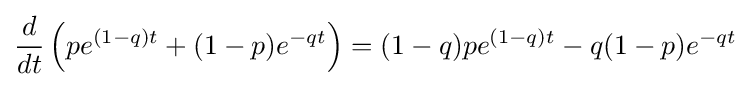
{\frac {d}{dt}}\left(pe^{(1-q)t}+(1-p)e^{-qt}\right)=(1-q)pe^{(1-q)t}-q(1-p)e^{-qt}